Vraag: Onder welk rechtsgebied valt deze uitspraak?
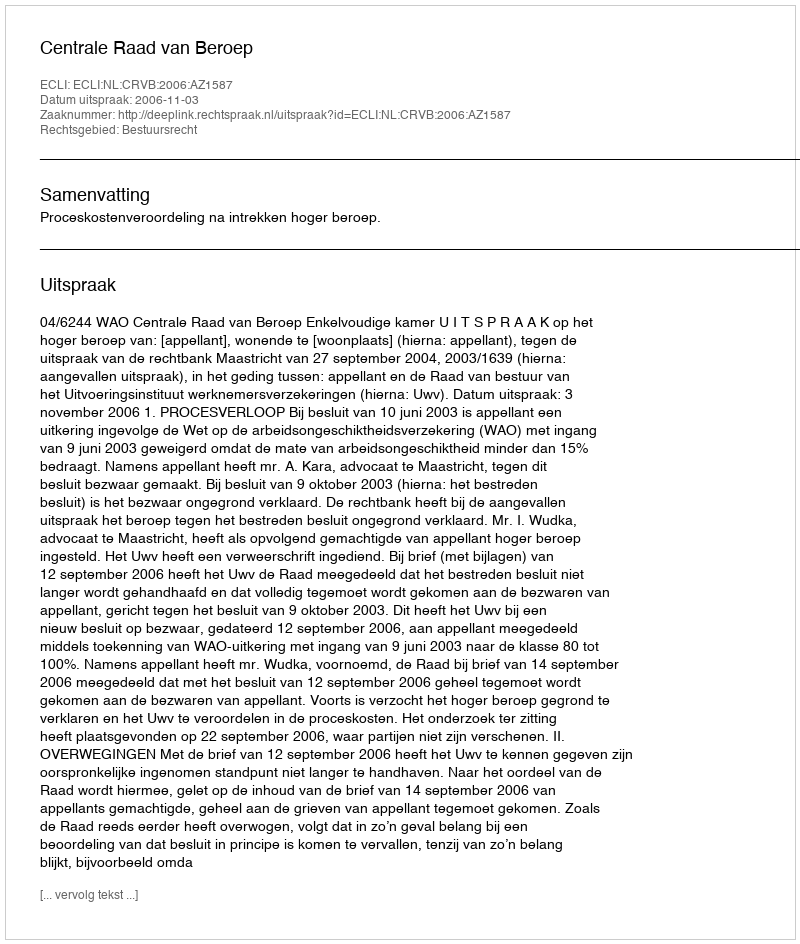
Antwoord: Bestuursrecht